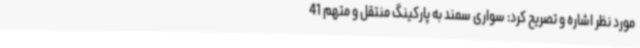
مورد نظر اشاره و تصریح کرد: سواری سمند به پارکینگ منتقل و متهم 41